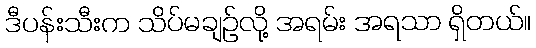
ဒီပန်းသီးက သိပ်မချဉ်လို့ အရမ်း အရသာ ရှိတယ်။